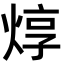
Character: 焞